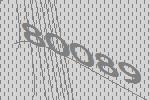
80089